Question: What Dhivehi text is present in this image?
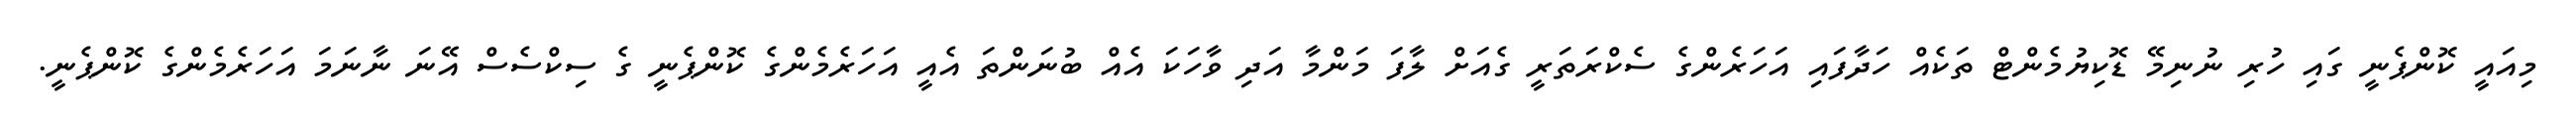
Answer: މިއައީ ކޮންޕެނީ ގައި ހުރި ނުނިމޭ ޑޮކިޔުމެންޓް ތަކެއް ހަދާފައި އަހަރެންގެ ސެކްރަތަރީ ގެއަށް ލާފަ މަންމާ އަދި ވާހަކަ އެއް ބުނަންތަ އެއީ އަހަރެމެންގެ ކޮންޕެނީ ގެ ސިކްސެސް އޭނަ ނާނަމަ އަހަރެމެންގެ ކޮންޕެނީ.